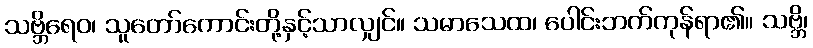
သဗ္ဘိရေဝ၊ သူတော်ကောင်းတို့နှင့်သာလျှင်။ သမာသေထ၊ ပေါင်းဘက်ကုန်ရာ၏။ သဗ္ဘိ၊